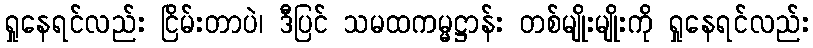
ရှုနေရင်လည်း ငြိမ်းတာပဲ၊ ဒီပြင် သမထကမ္မဋ္ဌာန်း တစ်မျိုးမျိုးကို ရှုနေရင်လည်း